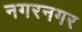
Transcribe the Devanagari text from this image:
नगरनगर